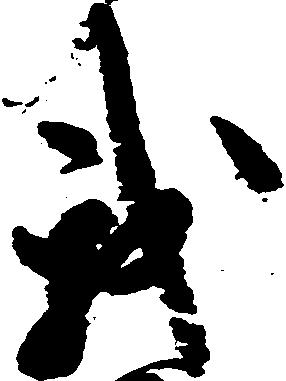
我